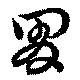
胃